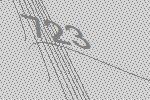
723